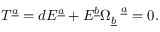
T ^ { \underline { { a } } } = d E ^ { \underline { { a } } } + E ^ { \underline { { b } } } \Omega _ { \underline { { b } } } ^ { ~ ~ \underline { { a } } } = 0 .